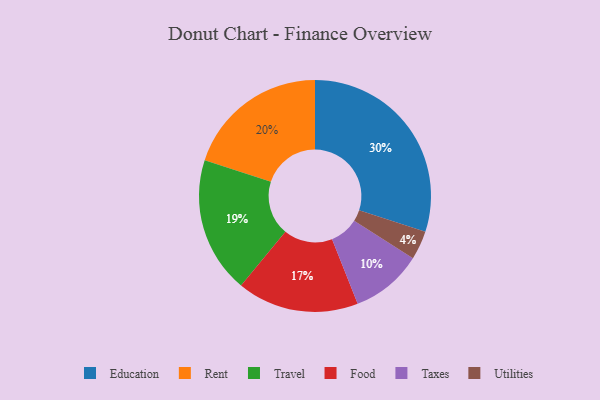
{"axis": {"x": "Category", "y": "Percentage"}, "legend": ["Education", "Food", "Rent", "Taxes", "Travel", "Utilities"], "data": [{"x": "Travel", "y": 19, "type": "Travel"}, {"x": "Food", "y": 17, "type": "Food"}, {"x": "Taxes", "y": 10, "type": "Taxes"}, {"x": "Education", "y": 30, "type": "Education"}, {"x": "Rent", "y": 20, "type": "Rent"}, {"x": "Utilities", "y": 4, "type": "Utilities"}]}